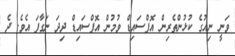
ވަނީ ނިއުގެ ކުޅުންތެރިން އޮފްސައިޑް ވުމުން އޮފްސައިޑް ދިދަ ނަގާފަ އެވެ. ދެ